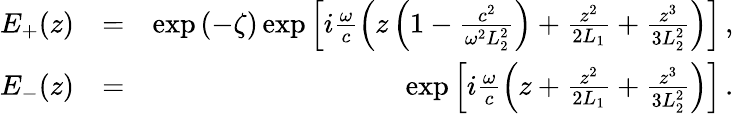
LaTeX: \begin{array}{rlr}{E_{+}(z)}&{=}&{\exp\left(-\zeta\right)\exp\left[i\frac{\omega}{c}\left(z\left(1-\frac{c^{2}}{\omega^{2}L_{2}^{2}}\right)+\frac{z^{2}}{2L_{1}}+\frac{z^{3}}{3L_{2}^{2}}\right)\right]\, ,}\\ {E_{-}(z)}&{=}&{\exp\left[i\frac{\omega}{c}\left(z+\frac{z^{2}}{2L_{1}}+\frac{z^{3}}{3L_{2}^{2}}\right)\right]\, .}\end{array}